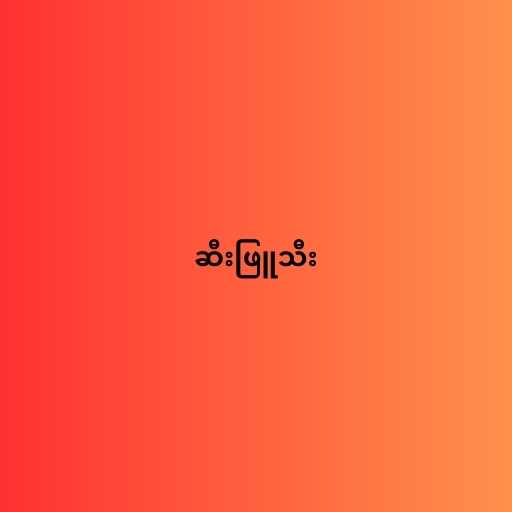
ဆီးဖြူသီး